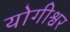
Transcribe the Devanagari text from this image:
योगीश्वर